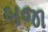
બજા